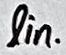
Text: lin.